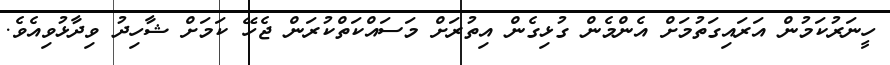
ހީނަރުކަމުން އަރައިގަތުމަށް އެންމެން ގުޅިގެން އިތުރަށް މަސައްކަތްކުރަން ޖެހޭ ކަމަށް ޝާހިދު ވިދާޅުވިއެވެ.